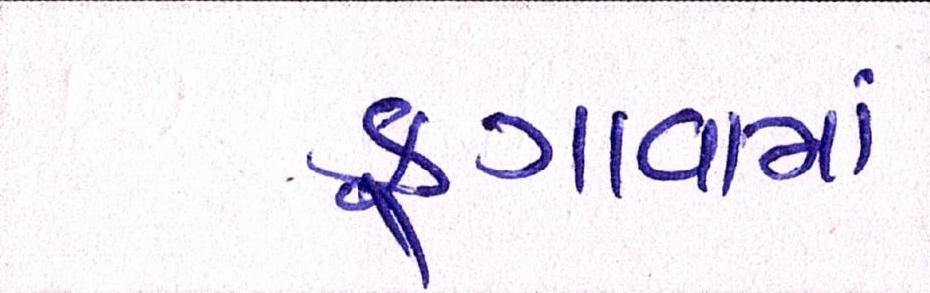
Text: ફુગાવામાં